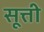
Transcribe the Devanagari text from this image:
सूत्ती